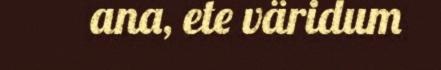
ana, ete väridum